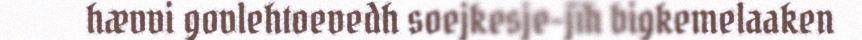
hævvi govlehtoevedh soejkesje-jïh bigkemelaaken